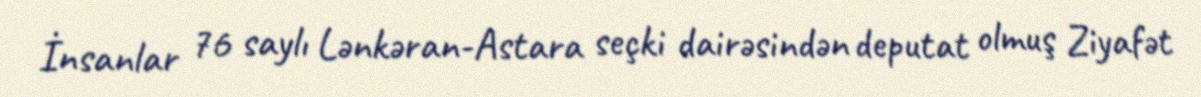
İnsanlar 76 saylı Lənkəran-Astara seçki dairəsindən deputat olmuş Ziyafət